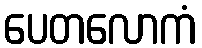
ပေတလောကံ